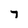
Character: 7